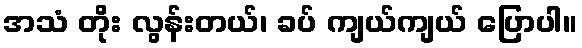
အသံ တိုး လွန်းတယ်၊ ခပ် ကျယ်ကျယ် ပြောပါ။